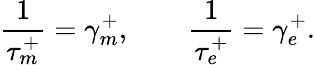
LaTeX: \frac{1}{\tau_{m}^{+}}=\gamma_{m}^{+},\qquad\frac{1}{\tau_{e}^{+}}=\gamma_{e}^{+}.